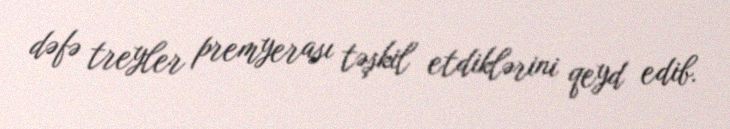
dəfə treyler premyerası təşkil etdiklərini qeyd edib.